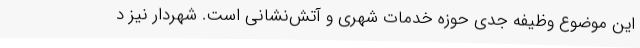
این موضوع وظیفه جدی حوزه خدمات شهری و آتش‌نشانی است. شهردار نیز د